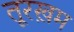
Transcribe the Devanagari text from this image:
तूरख़म